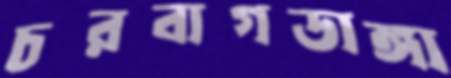
চরবাগডাঙ্গা